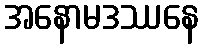
အနောမဒဿနေ